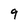
Character: 9